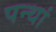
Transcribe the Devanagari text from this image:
पन्थां